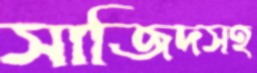
সাজিদসহ